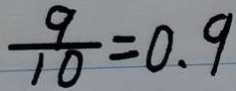
\frac { 9 } { 1 0 } = 0 . 9